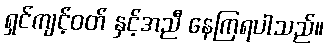
ရှင်ကျင့်ဝတ် နှင့်အညီ နေကြရပါသည်။